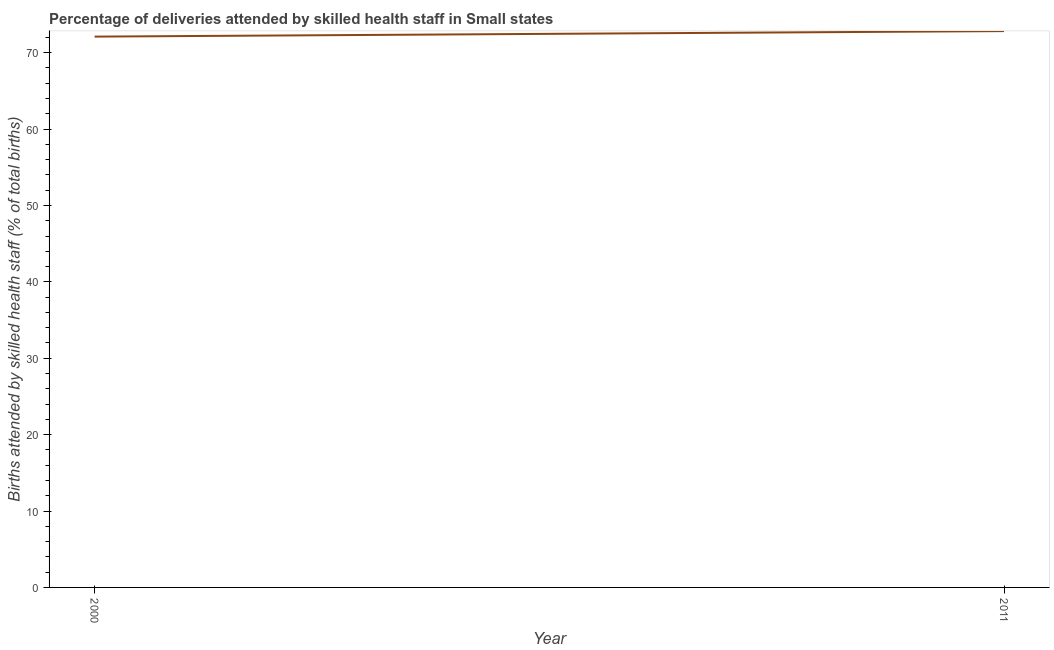
| Year | Births attended by skilled health staff |
 | --- | --- |
 | 2000 | 72.1 |
 | 2011 | 72.8 |